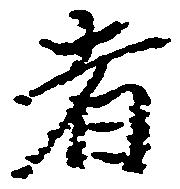
者